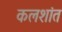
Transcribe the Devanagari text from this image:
कलशांत